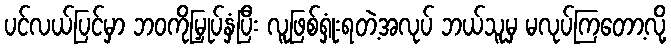
ပင်လယ်ပြင်မှာ ဘဝကိုမြှုပ်နှံပြီး လူဖြစ်ရှုံးရတဲ့အလုပ် ဘယ်သူမှ မလုပ်ကြတော့လို့